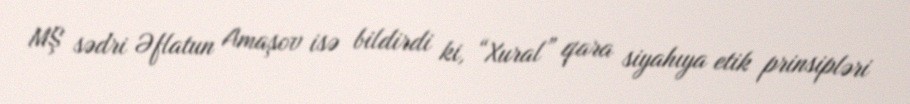
MŞ sədri Əflatun Amaşov isə bildirdi ki, “Xural” qara siyahıya etik prinsipləri